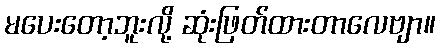
မပေးတော့ဘူးလို့ ဆုံးဖြတ်ထားတာလေဗျာ။